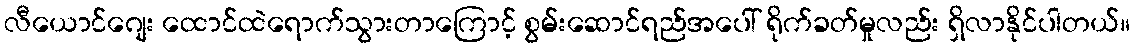
လီယောင်ဂျေး ထောင်ထဲရောက်သွားတာကြောင့် စွမ်းဆောင်ရည်အပေါ် ရိုက်ခတ်မှုလည်း ရှိလာနိုင်ပါတယ်။